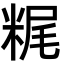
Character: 䊊